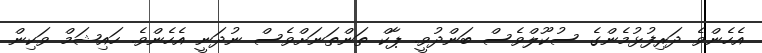
އެހެންވެ ދަރިފުޅުމެންގެ ސުކޫލްވެސް ބަންދުވީ. ޕާކް ތަންތަނަށްވެސް ނުދަނީ އެހެންވެ. ހައިޝަމް ވަކިން